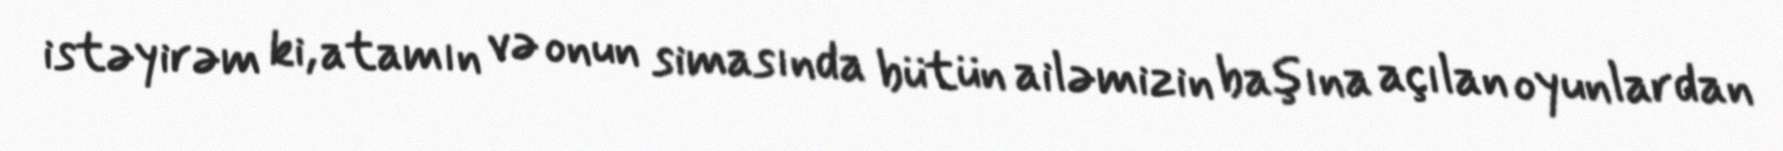
istəyirəm ki, atamın və onun simasında bütün ailəmizin başına açılan oyunlardan